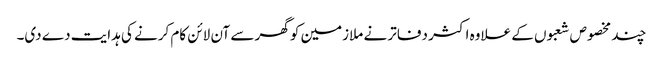
چند مخصوص شعبوں کے علاوہ اکثر دفاتر نے ملازمین کو گھر سے آن لائن کام کرنے کی ہدایت دے دی۔